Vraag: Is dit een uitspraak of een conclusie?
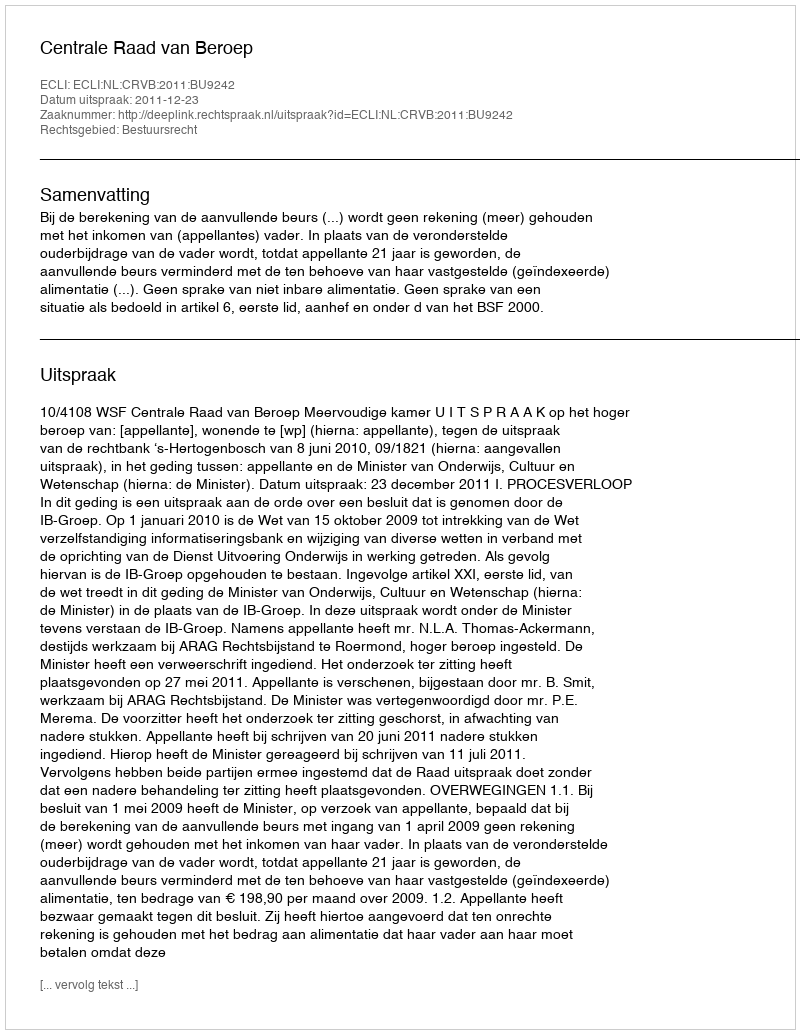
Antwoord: Uitspraak